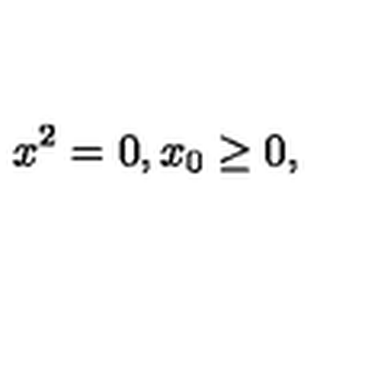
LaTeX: x ^ { 2 } = 0 , x _ { 0 } \geq 0 ,